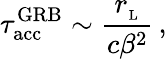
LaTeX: \tau_{\mathrm{acc}}^{\mathrm{GRB}}\sim\frac{r_{_\mathrm{L}}}{c\beta^{2}}\, ,